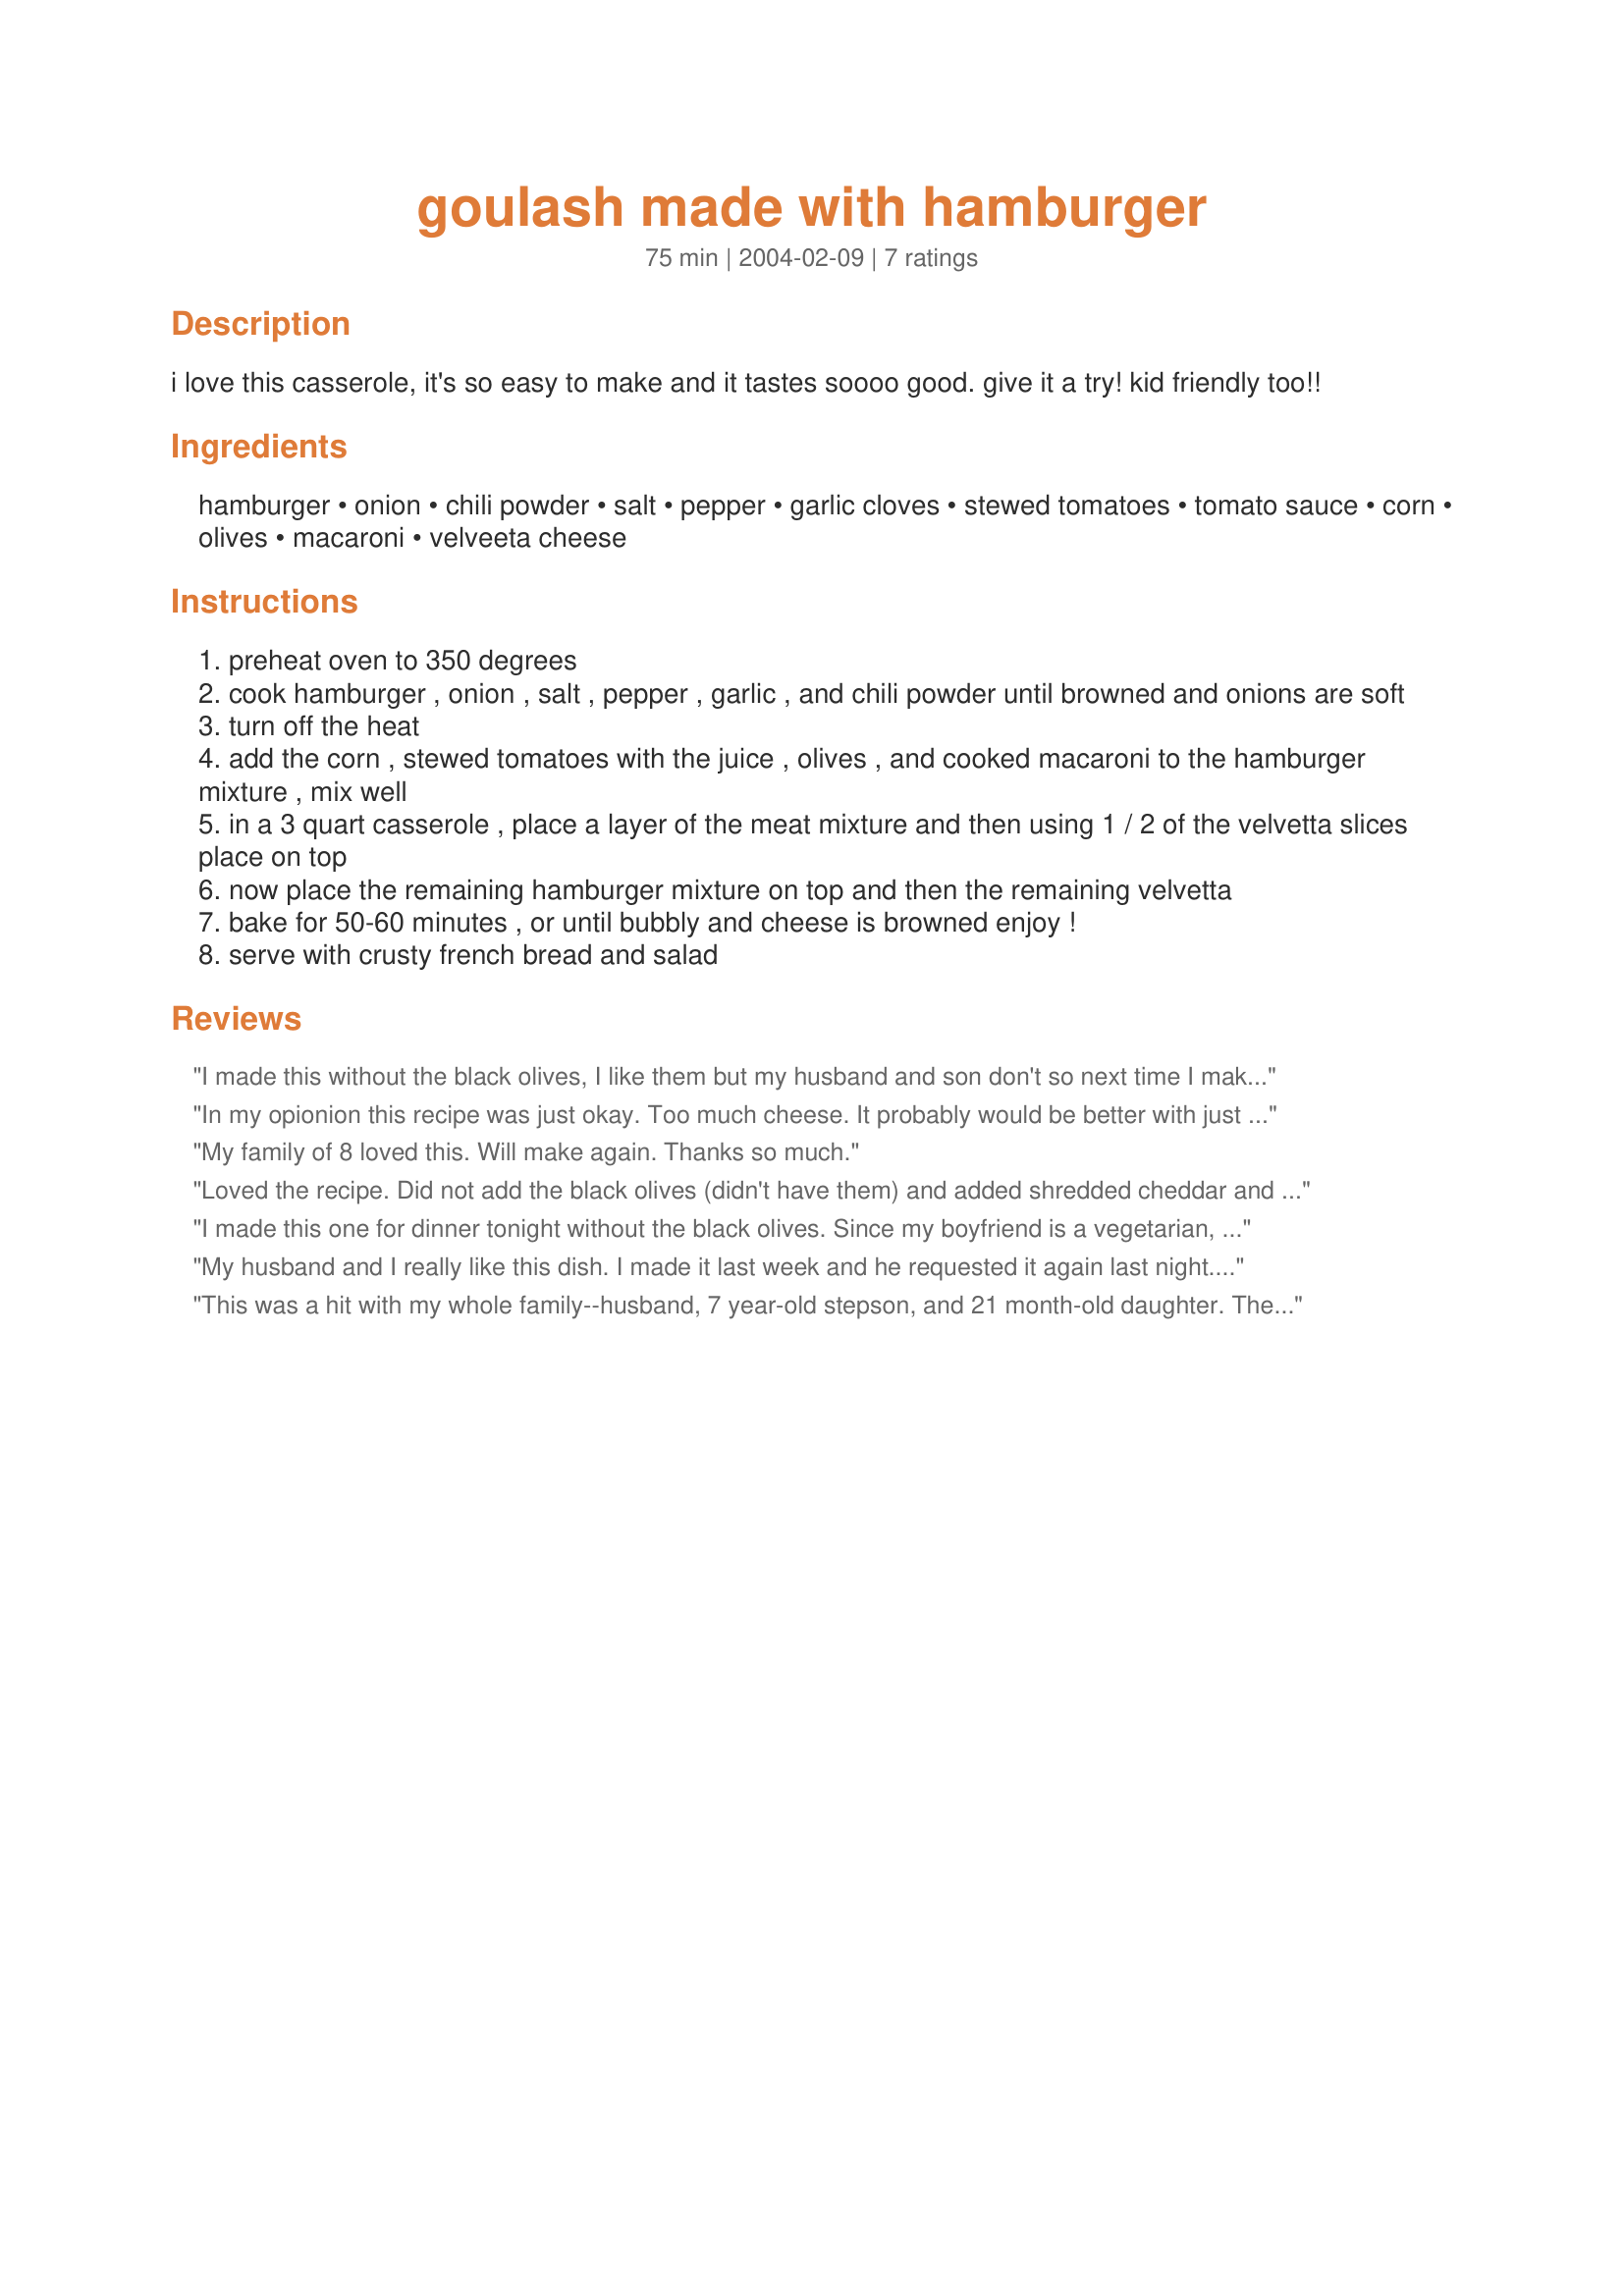
goulash made with hamburger
Preparation time: 75 minutes

i love this casserole, it's so easy to make and it tastes soooo good. give it a try! kid friendly too!!

Ingredients:
hamburger, onion, chili powder, salt, pepper, garlic cloves, stewed tomatoes, tomato sauce, corn, olives, macaroni, velveeta cheese

Steps:
preheat oven to 350 degrees
cook hamburger , onion , salt , pepper , garlic , and chili powder until browned and onions are soft
turn off the heat
add the corn , stewed tomatoes with the juice , olives , and cooked macaroni to the hamburger mixture , mix well
in a 3 quart casserole , place a layer of the meat mixture and then using 1 / 2 of the velvetta slices place on top
now place the remaining hamburger mixture on top and then the remaining velvetta
bake for 50-60 minutes , or until bubbly and cheese is browned enjoy !
serve with crusty french bread and salad

Reviews:
I made this without the black olives, I like them but my husband and son don't so next time I make it they have to let me make it with and they can just not eat it if they don't want to. It was delicious and is definitely a keeper.
In my opionion this recipe was just okay. Too much cheese. It probably would be better with just half the amount of cheese. I did not like the "Mexican" flavor either. Sorry!
My family of 8 loved this. Will make again. Thanks so much.
Loved the recipe. Did not add the black olives (didn't have them) and added shredded cheddar and mozzarella cheese (didn't have Velveeta on hand) I will certainly make this again once I buy some Velveeta!! Thanks for a great recipe.
I made this one for dinner tonight without the black olives. Since my boyfriend is a vegetarian, I used Boca crumbles instead of hamburger. It was very easy and very tasty. Thanks so much for posting.
My husband and I really like this dish. I made it last week and he requested it again last night. I didn't add the olives, he doesn't care for them, added more corn and some mushrooms. This is a keeper in our house, thanks for the recipe!!!
This was a hit with my whole family--husband, 7 year-old stepson, and 21 month-old daughter. The only changes I made were using frozen corn and cooking for 40 minutes (it started to brown on top). Next time I'll drain the meat and the tomatoes to make it more creamy and less juicy. This is a very flavorful, versatile recipe--the macaroni could be replaced with rice or omitted to make a low-carb dish.
